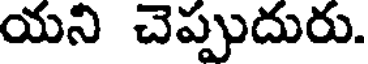
యని చెప్పుదురు.